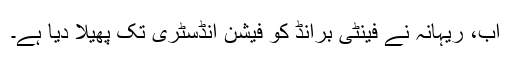
اب، ریہانہ نے فینٹی برانڈ کو فیشن انڈسٹری تک پھیلا دیا ہے۔